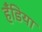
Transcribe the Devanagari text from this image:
हँडिया